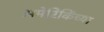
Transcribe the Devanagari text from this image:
अमेरिकिंच्या